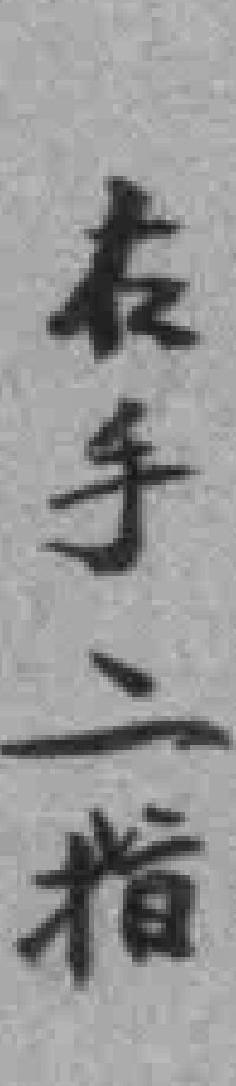
右手二指